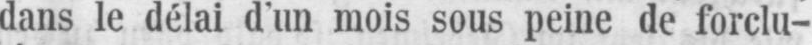
dans le délai d’un mois sous peine de forclu-